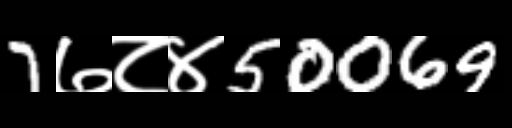
Text: 7७८४50069